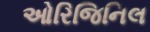
ઓરિજિનિલ